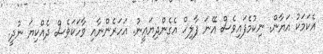
އެކަމަކު އަޔާން. ނިކުމެފައިވެސް އޭނަ ފާލިހް އެގެންދިޔައީނު. އަހަރެންނާއި ވާހަކަވެސް ދެއްކިޔަ ނުދީ.